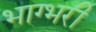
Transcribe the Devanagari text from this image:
भाग्भरी